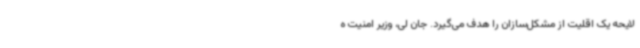
لایحه یک اقلیت از مشکل‌سازان را هدف می‌گیرد. جان لی، وزیر امنیت ه